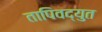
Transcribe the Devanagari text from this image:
तापिवद्युत